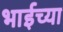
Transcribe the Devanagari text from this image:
भाईच्या